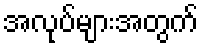
အလုပ်များအတွက်